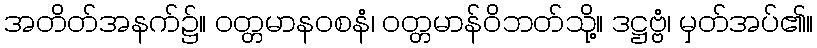
အတိတ်အနက်၌။ ဝတ္တမာနဝစနံ၊ ဝတ္တမာန်ဝိဘတ်သို့။ ဒဋ္ဌဗ္ဗံ၊ မှတ်အပ်၏။